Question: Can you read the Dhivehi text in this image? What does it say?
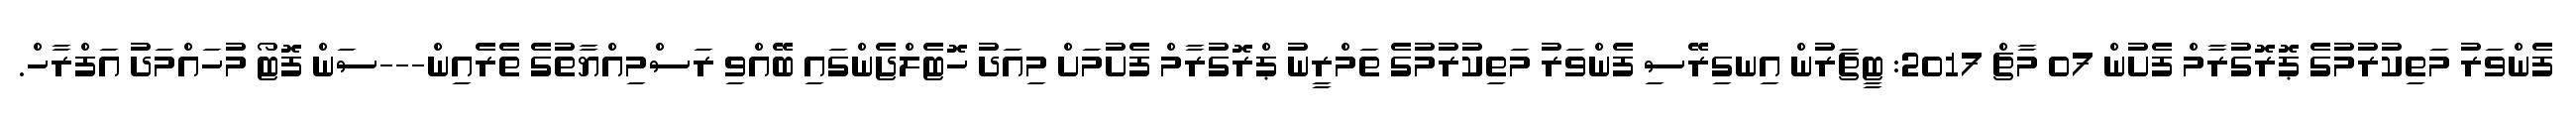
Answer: ފެންވަރު މަތިކުރުމުގެ ޕޮރޮގުރާމް ފެށުން 07 މާޗް 2017: ޓީޗަރުން އިނގިރޭސި ފެންވަރު މަތިކުރުމުގެ ތަމްރީނު ޕްރޮގުރާމް ފެށުމަށް މިއަދު ހޮޓެލްޖެންގައި ބޭއްވި ރަސްމިއްޔާތުގެ ތެރެއިން---ސަން ފޮޓޯ މުހައްމަދު އަފްރާހް.